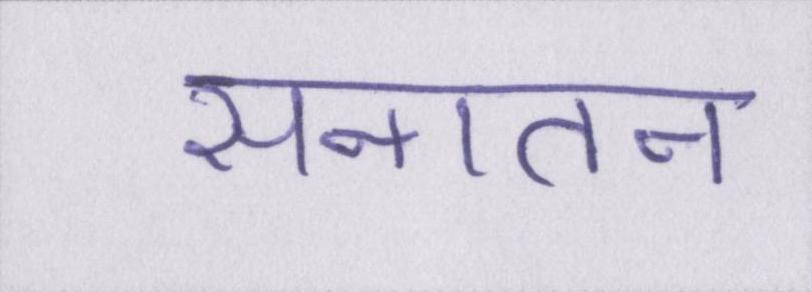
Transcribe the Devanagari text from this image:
सनातन